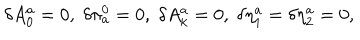
\delta A _ { 0 } ^ { a } = 0 , \; \delta \pi _ { a } ^ { 0 } = 0 , \; \delta A _ { k } ^ { a } = 0 , \; \delta \eta _ { 1 } ^ { a } = \delta \eta _ { 2 } ^ { a } = 0 ,